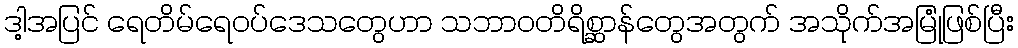
ဒါ့အပြင် ရေတိမ်ရေဝပ်ဒေသတွေဟာ သဘာဝတိရိစ္ဆာန်တွေအတွက် အသိုက်အမြုံဖြစ်ပြီး